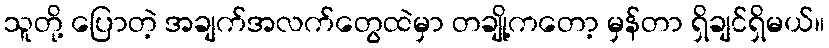
သူတို့ ပြောတဲ့ အချက်အလက်တွေထဲမှာ တချို့ကတော့ မှန်တာ ရှိချင်ရှိမယ်။